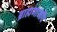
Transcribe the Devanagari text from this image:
ब्राह्मणांनींच